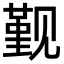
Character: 觐